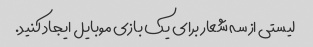
لیستی از سه شعار برای یک بازی موبایل ایجاد کنید.